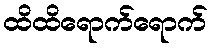
ထိထိရောက်ရောက်